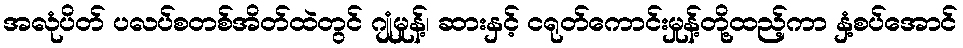
အလုံပိတ် ပလပ်စတစ်အိတ်ထဲတွင် ဂျုံမှုန့်၊ ဆားနှင့် ငရုတ်ကောင်းမှုန့်တို့ထည့်ကာ နှံ့စပ်အောင်